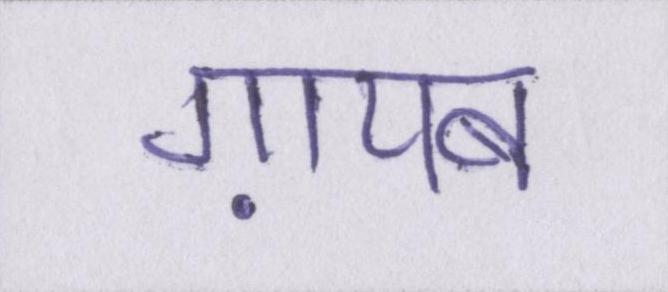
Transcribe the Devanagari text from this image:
ग़ायब